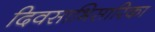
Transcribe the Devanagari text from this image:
दिवसाभिसारिका